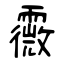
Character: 霺